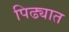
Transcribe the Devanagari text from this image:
पिढ्यात